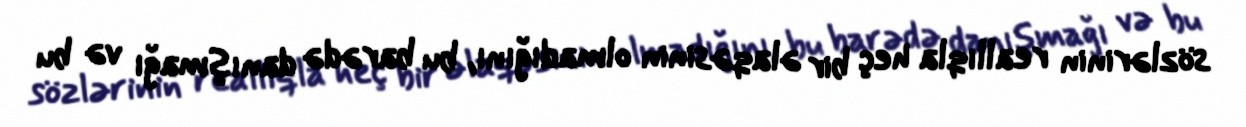
sözlərinin reallıqla heç bir əlaqəsinin olmadığını, bu barədə danışmağı və bu